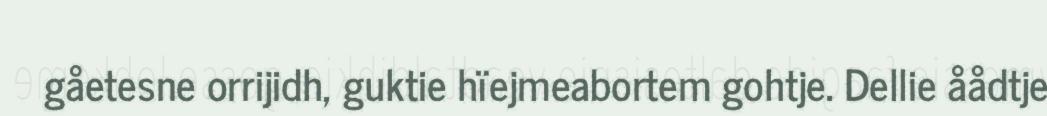
gåetesne orrijidh, guktie hïejmeabortem gohtje. Dellie åådtje